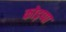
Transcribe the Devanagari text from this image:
कोड़प्पा